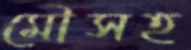
মৌসহ